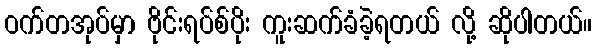
ဝက်တအုပ်မှာ ဗိုင်းရပ်စ်ပိုး ကူးဆက်ခံခဲ့ရတယ် လို့ ဆိုပါတယ်။